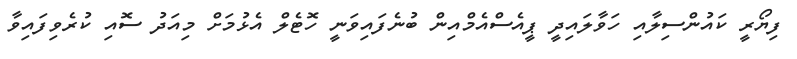
ފިޔޯރީ ކައުންސިލާއި ހަވާލައިދީ ޕީއެސްއެމްއިން ބުނެފައިވަނީ ހޮޓެލް އެޅުމަށް މިއަދު ސޮއި ކުރެވިފައިވާ